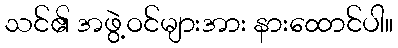
သင်၏ အဖွဲ့ဝင်များအား နားထောင်ပါ။